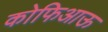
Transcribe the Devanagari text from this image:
कोफिआऊ